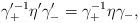
LaTeX: \begin{align*}\gamma_+^{\prime -1} \eta' \gamma'_- = \gamma_+^{-1} \eta \gamma_-,\end{align*}